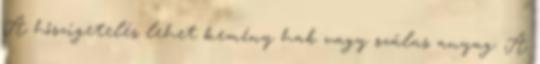
A hőszigetelés lehet kemény hab vagy szálas anyag. A